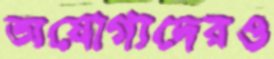
অযোগ্যদেরও